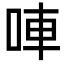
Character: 唓